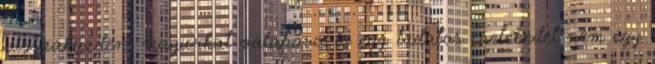
visszaküzdeni magunkat valahova is egy tudatos cselekedet nem egy